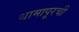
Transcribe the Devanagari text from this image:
धामापूरची